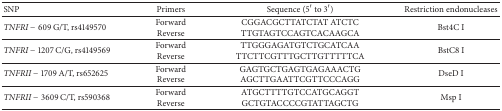
<table><thead><tr><td><b>SNP</b></td><td><b>Primers</b></td><td><b>Sequence (5′ to 3′)</b></td><td><b>Restriction endonucleases</b></td></tr></thead><tbody><tr><td><i>TNFRI</i> − 609 G/T, rs4149570</td><td>ForwardReverse</td><td>CGGACGCTTATCTAT ATCTC TTGTAGTCCAGTCACAAGCA</td><td>Bst4C I</td></tr><tr><td><i>TNFRI</i> − 1207 C/G, rs4149569</td><td>ForwardReverse</td><td>TTGGGAGATGTCTGCATCAA TTCTTCGTTTGCTTGTTTTTCA</td><td>BstC8 I</td></tr><tr><td><i>TNFRII</i> − 1709 A/T, rs652625</td><td>ForwardReverse</td><td>GAGTGCTGAGTGAGAAACTG AGCTTGAATTCGTTCCCAGG</td><td>DseD I</td></tr><tr><td><i>TNFRII</i> − 3609 C/T, rs590368</td><td>ForwardReverse</td><td>ATGCTTTTGTCCATGCAGGT GCTGTACCCCGTATTAGCTG</td><td>Msp I</td></tr></tbody></table>